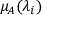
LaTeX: \mu _ { A } ( \lambda _ { i } )